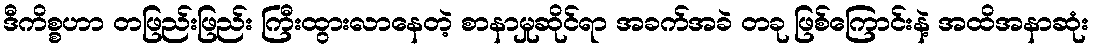
ဒီကိစ္စဟာ တဖြည်းဖြည်း ကြီးထွားလာနေတဲ့ စာနာမှုဆိုင်ရာ အခက်အခဲ တခု ဖြစ်ကြောင်းနဲ့ အထိအနာဆုံး